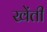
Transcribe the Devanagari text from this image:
खेंती